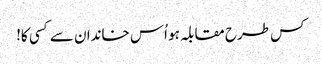
کس طرح مقابلہ ہو اُس خاندان سے کسی کا!